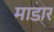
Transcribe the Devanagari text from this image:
माडार